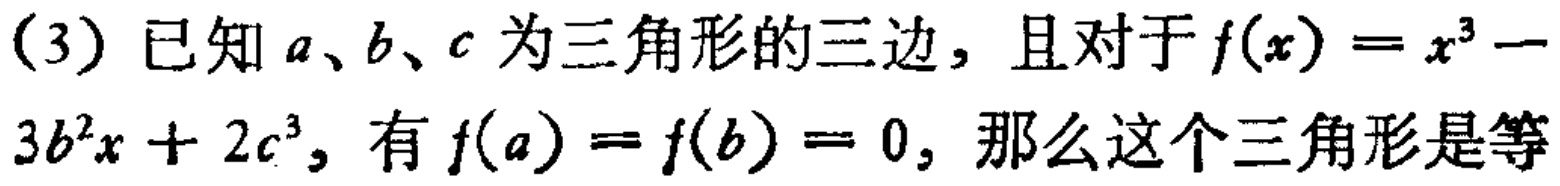
(3) 已知 \(a、b、c\) 为三角形的三边，且对于 \(f(x)=x^{3}-3b^{2}x + 2c^{3}\)，有 \(f(a)=f(b)=0\)，那么这个三角形是等